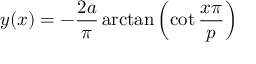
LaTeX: y ( x ) = - { \frac { 2 a } { \pi } } \arctan { \left( \cot { \frac { x \pi } { p } } \right) }